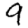
Digit: 9